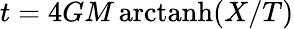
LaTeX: t=4GM\mathop{\mathrm{arctanh}}(X/T)